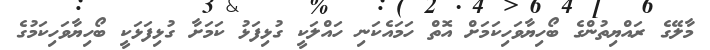
މާލޭގެ ރައްޔިތުންގެ ބޯހިޔާވަހިކަމަށް އޮތް ހަމައެކަނި ހައްލަކީ ގުޅިފަޅު ކަމަށާ ގުޅިފަޅަކީ ބޯހިޔާވަހިކަމުގެ